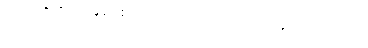
တရားကိုသိတော်မူပေ၏။ တွံ၊ အရှင်မင်းမြတ်သည်လျှင်။ သုမေဓော၊